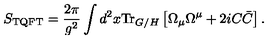
S _ { \mathrm { T Q F T } } = \frac { 2 \pi } { g ^ { 2 } } \int d ^ { 2 } x \mathrm { T r } _ { G / H } \left[ \Omega _ { \mu } \Omega ^ { \mu } + 2 i C \bar { C } \right] .